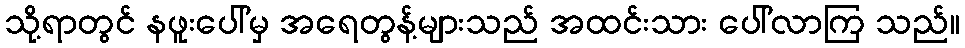
သို့ရာတွင် နဖူးပေါ်မှ အရေတွန့်များသည် အထင်းသား ပေါ်လာကြ သည်။